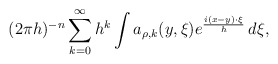
\begin{align*} (2\pi h)^{-n} \sum^\infty_{k=0} h^k \int a_{\rho,k} (y,\xi) e^{\frac{i (x-y)\cdot \xi}{h}} \, d \xi ,\end{align*}